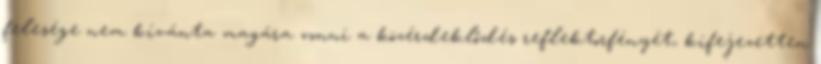
felesége nem kívánta magára vonni a közérdeklődés reflektorfényét, kifejezetten